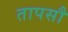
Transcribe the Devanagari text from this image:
तापसौ